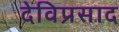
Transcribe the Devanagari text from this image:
देविप्रसाद